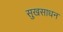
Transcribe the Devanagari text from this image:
सुखसाधन